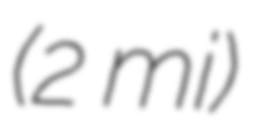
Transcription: (2 mi)